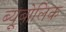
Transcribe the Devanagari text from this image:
ब्यूबोलिक